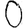
Digit: 0